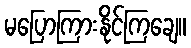
မပြောကြားနိုင်ကြချေ။